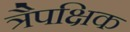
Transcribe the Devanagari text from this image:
त्रैपक्षिक